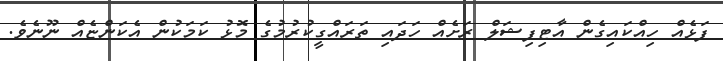
ފަޅެއް ހިއްކައިގެން އާޓިފިޝަލް ރަށެއް ހަދައި ތަރައްގީކުރުމުގެ މޮޅު ކަމަކުން އެކަންޏެއް ނޫނެވެ.